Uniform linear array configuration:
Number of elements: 8
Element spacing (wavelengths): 0.25
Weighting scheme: binomial
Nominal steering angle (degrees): -45
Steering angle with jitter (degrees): -44.192
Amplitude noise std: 0.05
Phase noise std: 0.05

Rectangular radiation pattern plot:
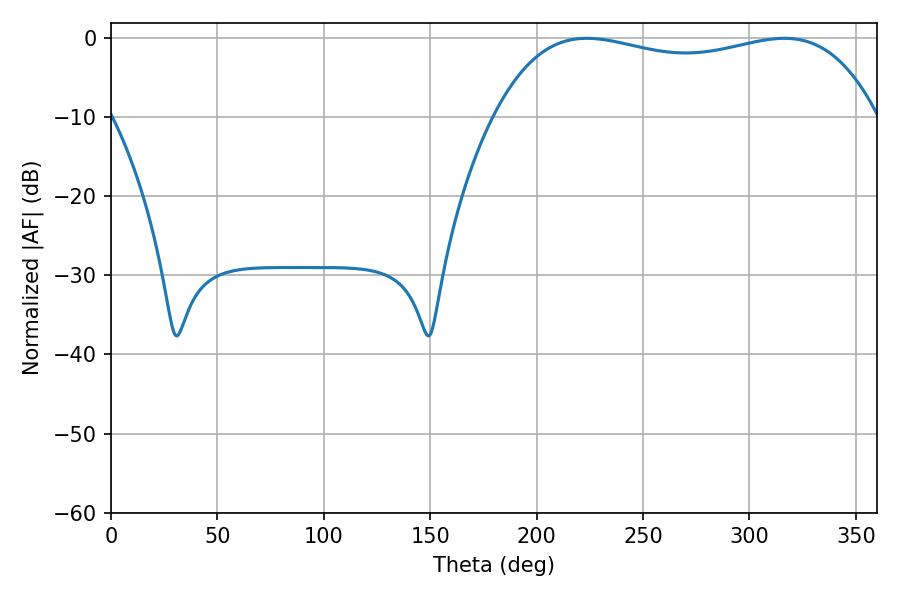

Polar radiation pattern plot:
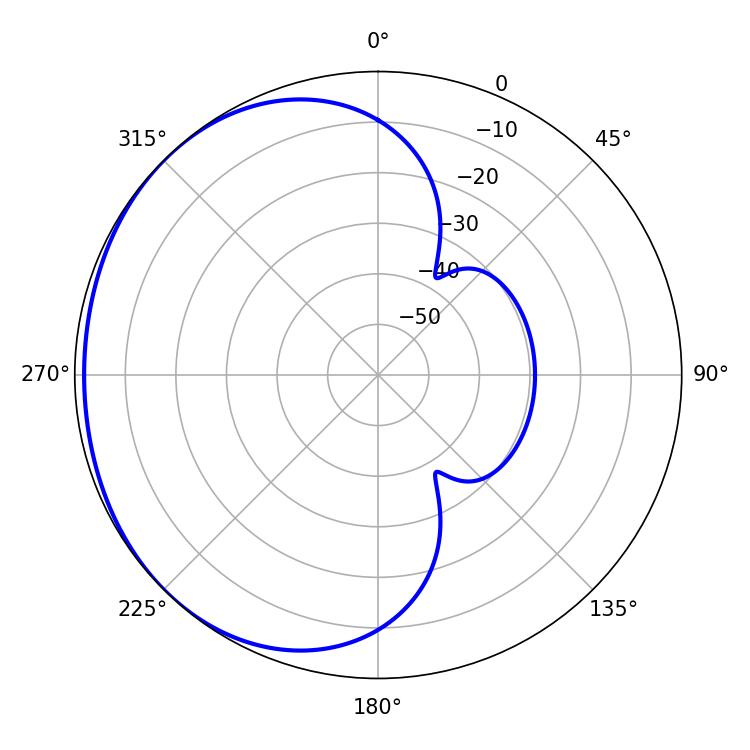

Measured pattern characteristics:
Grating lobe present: FALSE
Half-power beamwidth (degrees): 145.44
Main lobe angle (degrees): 223.56